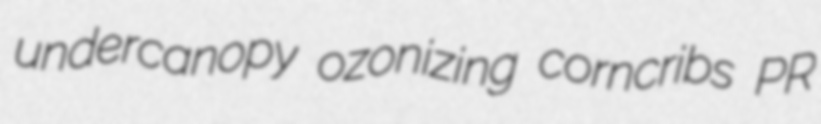
undercanopy ozonizing corncribs PR